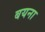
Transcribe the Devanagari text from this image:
बयना